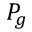
P _ { g }